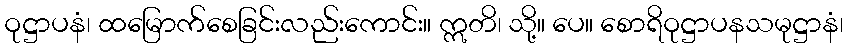
ဝုဋ္ဌာပနံ၊ ထမြောက်စေခြင်းလည်းကောင်း။ ဣတိ၊ သို့။ ပေ။ စောရိဝုဋ္ဌာပနသမုဋ္ဌာနံ၊